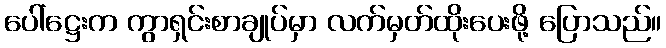
ပေါ်ဋ္ဌေးက ကွာရှင်းစာချုပ်မှာ လက်မှတ်ထိုးပေးဖို့ ပြောသည်။